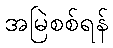
အမြဲစစ်ရန်